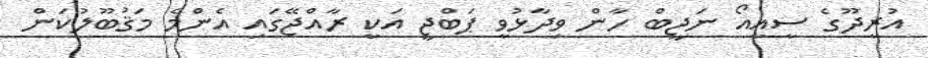
އުރީދޫގެ ސީއީއޯ ނަޖީބް ހާން ވިދާޅުވީ ޕަބްޖީ އަކީ ރާއްޖޭގައި އެންމެ މަޤުބޫލުކަން